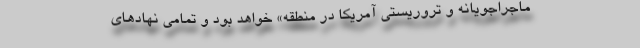
ماجراجویانه و تروریستی آمریکا در منطقه» خواهد بود و تمامی نهادهای